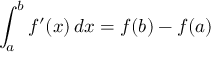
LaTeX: \int _ { a } ^ { b } f ^ { \prime } ( x ) \, d x = f ( b ) - f ( a )